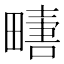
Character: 𱰿